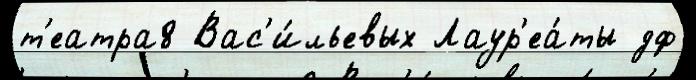
т'еатра8 Вас'и́льевых Лаур'еа́ты дф